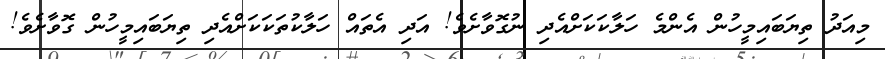
މިއަދު ތިޔަބައިމީހުން އެންމެ ހަލާކަކަށްއެދި ނުގޮވާށެވެ! އަދި އެތައް ހަލާކުތަކަކަށްއެދި ތިޔަބައިމީހުން ގޮވާށެވެ!